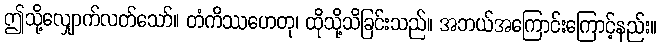
ဤသို့လျှောက်လတ်သော်။ တံကိဿဟေတု၊ ထိုသို့သိခြင်းသည်။ အဘယ်အကြောင်းကြောင့်နည်း။